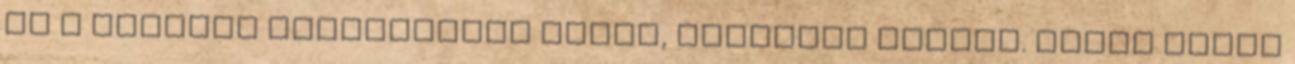
és a kiemelő alkatrészek karok, hüvelyek között. Mivel forgó